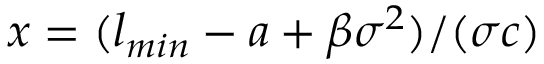
x = ( l _ { m i n } - a + \beta \sigma ^ { 2 } ) / ( \sigma c )